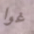
غوا